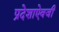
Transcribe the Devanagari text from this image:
प्रदेशाऐवजी